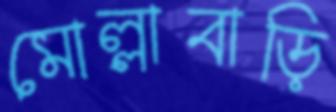
মোল্লাবাড়ি